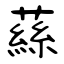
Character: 蕬